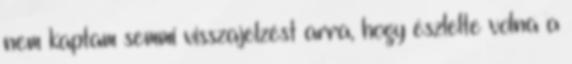
nem kaptam semmi visszajelzést arra, hogy észlelte volna a